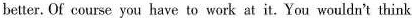
better. Of course, you have to work at it. You wouldn't think